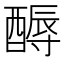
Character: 𲆵